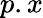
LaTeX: p.x